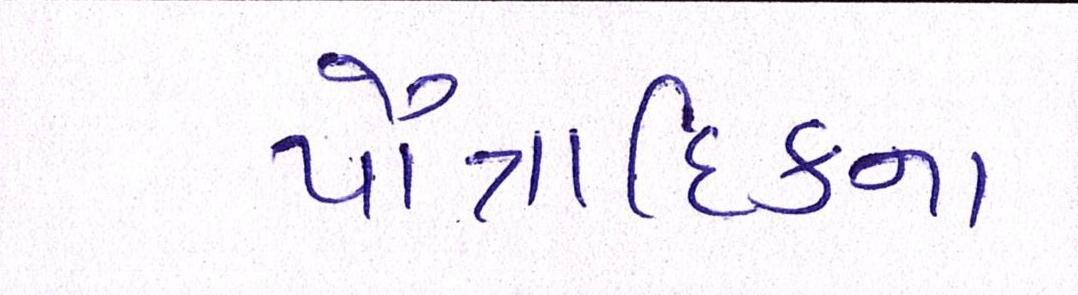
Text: પૌત્રાદિકના